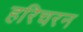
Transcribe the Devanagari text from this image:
हरिचरन